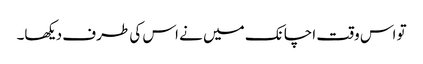
تو اس وقت اچانک میں نے اس کی طرف دیکھا۔